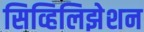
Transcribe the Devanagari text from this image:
सिव्हिलिझेशन